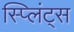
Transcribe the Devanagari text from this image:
स्प्लिंट्स